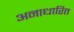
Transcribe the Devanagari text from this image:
अनाधारित